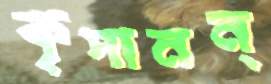
কৃপানন্